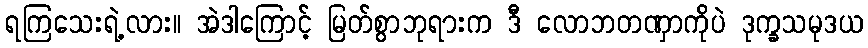
ရကြသေးရဲ့လား။ အဲဒါကြောင့် မြတ်စွာဘုရားက ဒီ လောဘတဏှာကိုပဲ ဒုက္ခသမုဒယ